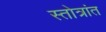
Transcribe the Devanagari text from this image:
स्तोत्रांत